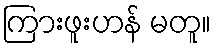
ကြားဖူးဟန် မတူ။